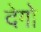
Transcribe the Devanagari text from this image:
देगो